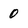
Character: 0